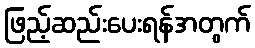
ဖြည့်ဆည်းပေးရန်အတွက်